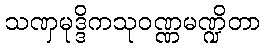
သဏှမုဒ္ဒိကသုဝဏ္ဏမဏ္ဍိတာ